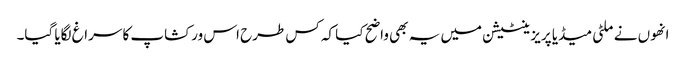
انھوں نے ملٹی میڈیا پریزینٹیشن میں یہ بھی واضح کیا کہ کس طرح اس ورکشاپ کا سراغ لگایا گیا۔